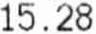
15.28